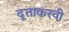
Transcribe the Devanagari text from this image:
दूताकरवी